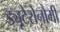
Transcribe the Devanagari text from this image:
ड्यूटेरोनौमी